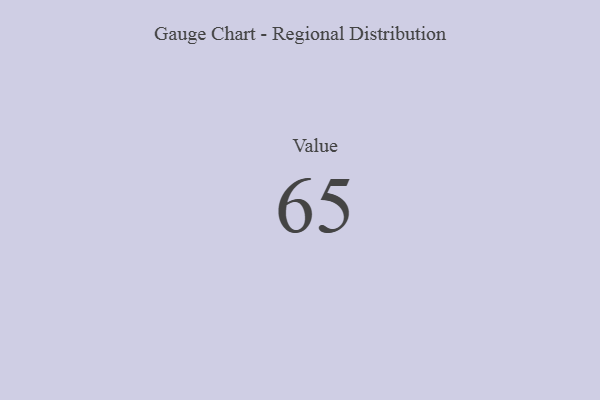
{"axis": {"x": "Metric", "y": "Value"}, "legend": [""], "data": [{"x": "Value", "y": 65, "type": ""}]}